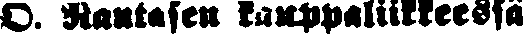
O. Rantasen kauppaliikkeessä